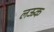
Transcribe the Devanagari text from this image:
लऊक